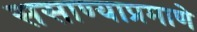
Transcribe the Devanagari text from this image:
ससाण्याप्रमाणे